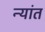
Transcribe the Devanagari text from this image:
न्यांत